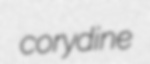
corydine